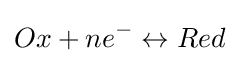
Ox+ne^{-}\leftrightarrow Red